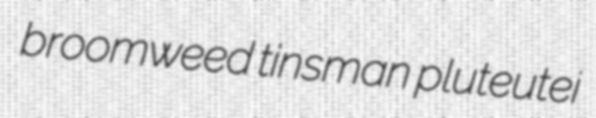
broomweed tinsman pluteutei